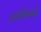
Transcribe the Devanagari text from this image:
हाकिनो